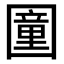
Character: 𡈩